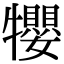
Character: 𤜉